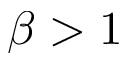
\beta > 1